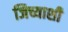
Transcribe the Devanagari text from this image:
जिच्याशी